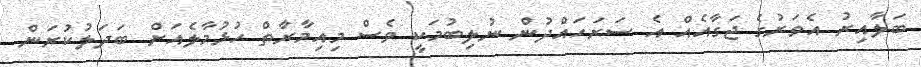
ބަލާއިރު އެވަރުގެ ޖަގާއެއް އެ ސަރަހައްދުން ނުލިބުމަކީ ވެސް މިއިމާރާތް ހުޅުމާލެއަށް ބަދަލުކުރަން